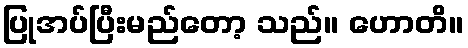
ပြုအပ်ပြီးမည်တော့ သည်။ ဟောတိ။